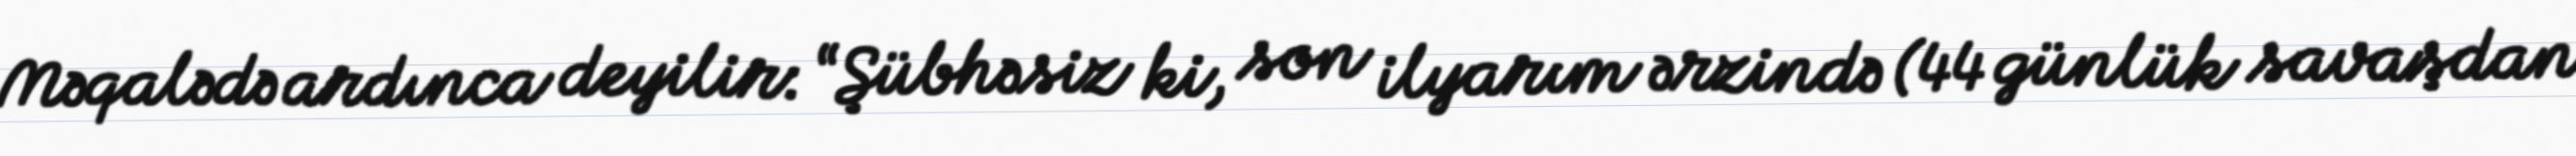
Məqalədə ardınca deyilir: “Şübhəsiz ki, son ilyarım ərzində (44 günlük savaşdan